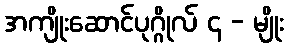
အကျိုးဆောင်ပုဂ္ဂိုလ် ၄ - မျိုး